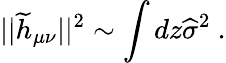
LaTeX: ||{\widetilde h}_{\mu\nu}||^{2}\sim\int dz{\widehat\sigma}^{2}~.